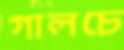
গালচে